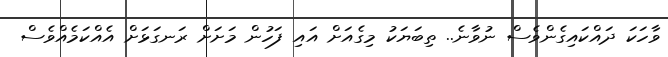
ވާހަކަ ދައްކައިގެންވެސް ނުވާނެ.. ތިބަޔަކު މިގެއަށް އައި ފަހުން މަށަށް ރަނގަޅަށް އެއްކަމެއްވެސް